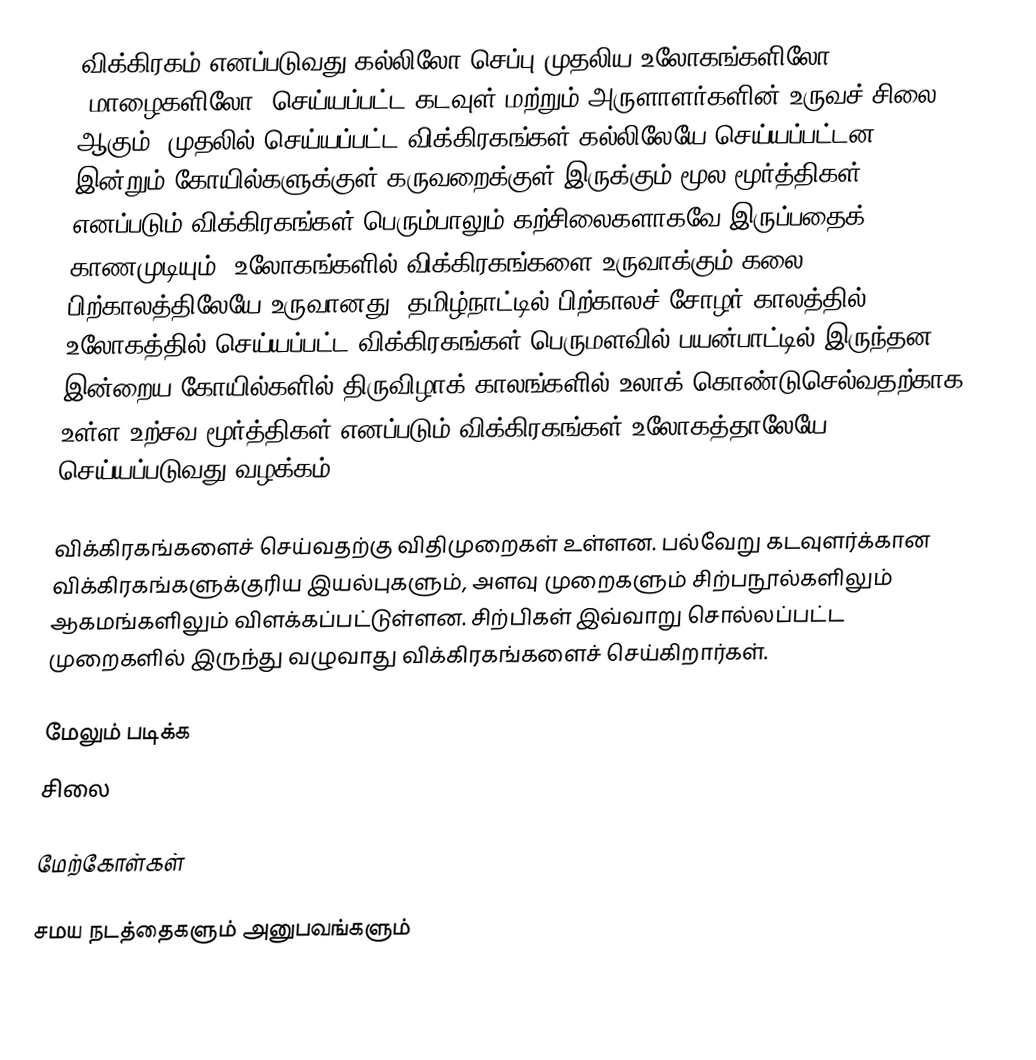
விக்கிரகம் எனப்படுவது கல்லிலோ செப்பு முதலிய உலோகங்களிலோ (மாழைகளிலோ) செய்யப்பட்ட கடவுள் மற்றும் அருளாளர்களின் உருவச் சிலை ஆகும். முதலில் செய்யப்பட்ட விக்கிரகங்கள் கல்லிலேயே செய்யப்பட்டன. இன்றும் கோயில்களுக்குள் கருவறைக்குள் இருக்கும் மூல மூர்த்திகள் எனப்படும் விக்கிரகங்கள் பெரும்பாலும் கற்சிலைகளாகவே இருப்பதைக் காணமுடியும். உலோகங்களில் விக்கிரகங்களை உருவாக்கும் கலை பிற்காலத்திலேயே உருவானது. தமிழ்நாட்டில் பிற்காலச் சோழர் காலத்தில் உலோகத்தில் செய்யப்பட்ட விக்கிரகங்கள் பெருமளவில் பயன்பாட்டில் இருந்தன. இன்றைய கோயில்களில் திருவிழாக் காலங்களில் உலாக் கொண்டுசெல்வதற்காக உள்ள உற்சவ மூர்த்திகள் எனப்படும் விக்கிரகங்கள் உலோகத்தாலேயே செய்யப்படுவது வழக்கம்.

விக்கிரகங்களைச் செய்வதற்கு விதிமுறைகள் உள்ளன. பல்வேறு கடவுளர்க்கான விக்கிரகங்களுக்குரிய இயல்புகளும், அளவு முறைகளும் சிற்பநூல்களிலும் ஆகமங்களிலும் விளக்கப்பட்டுள்ளன. சிற்பிகள் இவ்வாறு சொல்லப்பட்ட முறைகளில் இருந்து வழுவாது விக்கிரகங்களைச் செய்கிறார்கள்.

மேலும் படிக்க
 சிலை

மேற்கோள்கள்

சமய நடத்தைகளும் அனுபவங்களும்